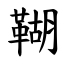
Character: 䩴